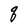
Character: q